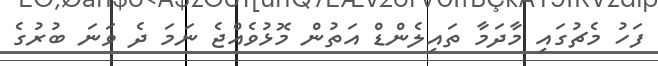
ފަހު މެޗުގައި މާދަމާ ތައިލެންޑް އަތުން މޮޅުވެއްޖެ ނަމަ ދެ ވަނަ ބުރުގެ